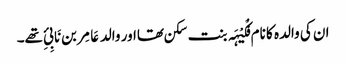
ان کی والدہ کا نام فُکَیْہَہ بنت سکن تھااور والد عَامِر بن نَابِیِٔ تھے۔